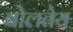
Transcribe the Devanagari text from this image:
बोलतेय